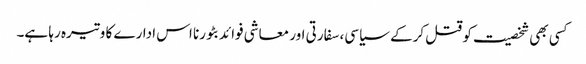
کسی بھی شخصیت کو قتل کرکے سیاسی، سفارتی اور معاشی فوائد بٹورنا اس ادارے کا وتیرہ رہا ہے۔